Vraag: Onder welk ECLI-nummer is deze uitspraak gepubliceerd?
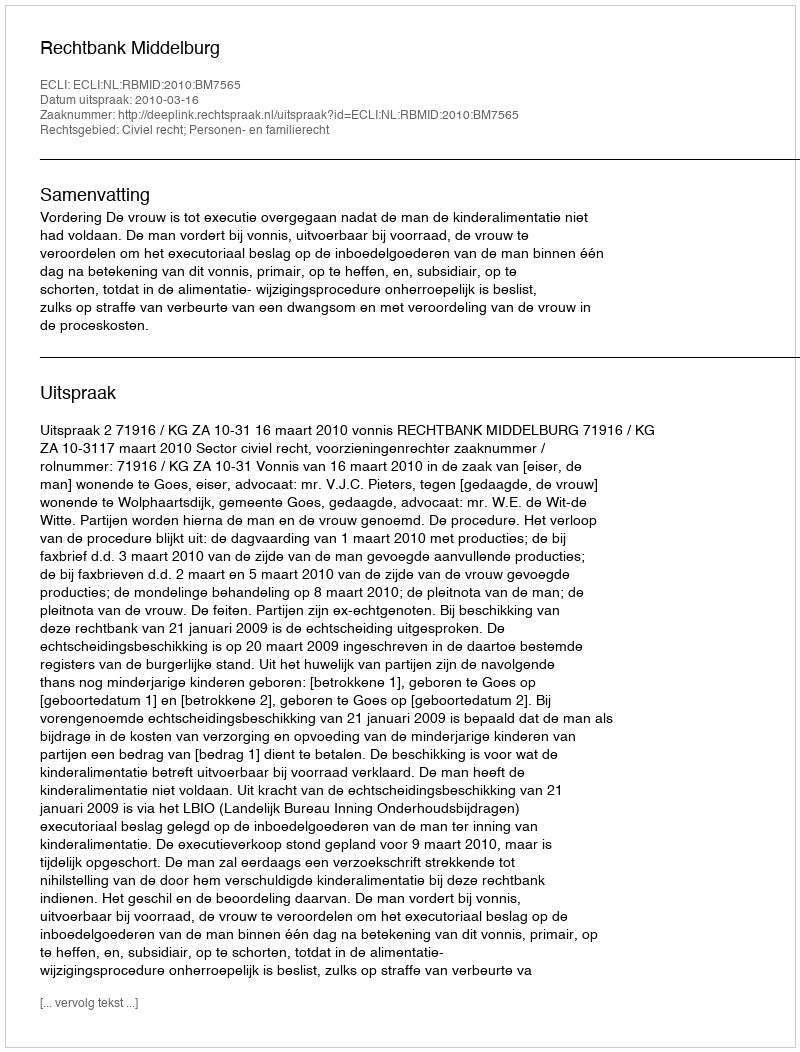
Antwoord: ECLI:NL:RBMID:2010:BM7565